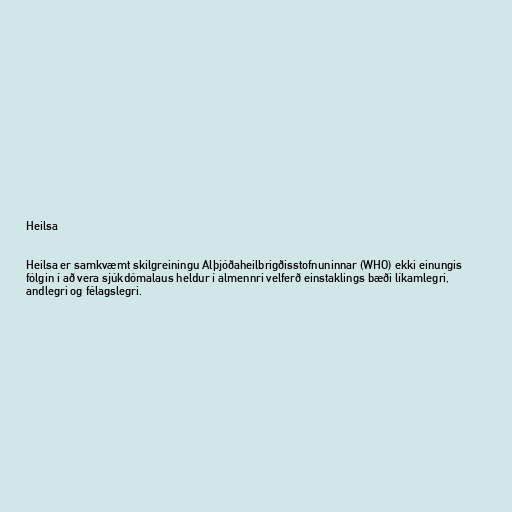
Heilsa

Heilsa er samkvæmt skilgreiningu Alþjóðaheilbrigðisstofnuninnar (WHO) ekki einungis
fólgin í að vera sjúkdómalaus heldur í almennri velferð einstaklings bæði líkamlegri,
andlegri og félagslegri.